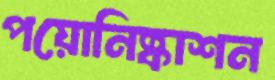
পয়োনিষ্কাশন